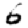
Digit: 6